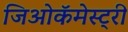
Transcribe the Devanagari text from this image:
जिओकॅमेस्ट्री